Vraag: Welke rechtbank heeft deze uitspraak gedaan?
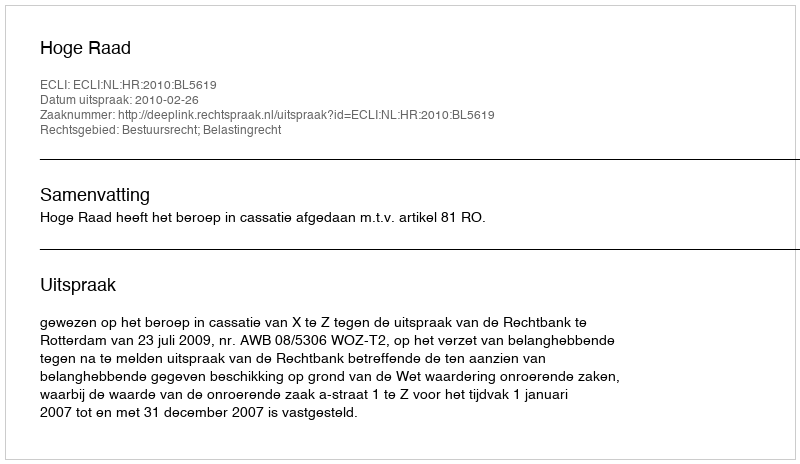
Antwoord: Hoge Raad